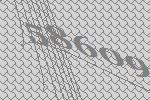
58609